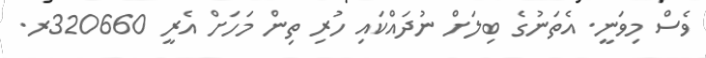
ވެސް މިވަނީ. އެތަނުގެ ބިލަށް ނުދައްކައި ހުރި ތިން މަހަށް އެރީ 320660ރ.